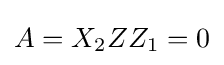
A=X_{2}ZZ_{1}=0